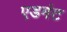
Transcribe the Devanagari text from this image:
एडमंट